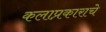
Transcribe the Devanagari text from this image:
कलाप्रकाराचे